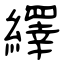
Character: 繹